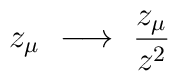
z_\mu ~ \longrightarrow ~ \frac{z_\mu}{z^2}